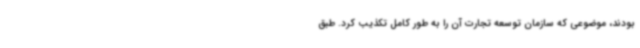
بودند، موضوعی که سازمان توسعه تجارت آن را به طور کامل تکذیب کرد. طبق